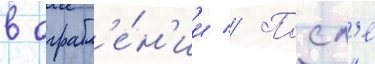
в ограбл'е́н'ии // Посл'е